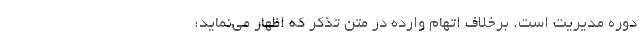
دوره مديريت است. برخلاف اتهام وارده در متن تذكر كه اظهار مي‌نمايد: